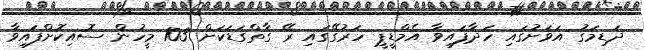
ދަޑިމަގު އަވަށުގައި ހަދާފައިވާ އެމްޑީޕީ ހަރުގޭގައި ރޭ ގާތްގަޑަކަށް 103 މީހުން ސޮއިކޮށްފައިވާ